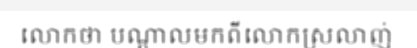
លោកថា បណ្តាលមកពីលោកស្រលាញ់